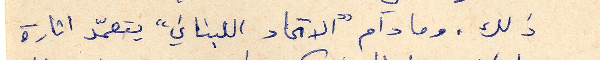
ذلك، وما دام "الاتحاد اللبناني" يتعمّد اثارة